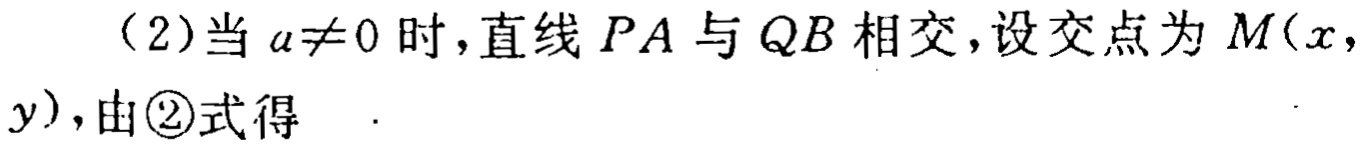
（2）当 \(a\neq0\) 时，直线 \(PA\) 与 \(QB\) 相交，设交点为 \(M(x,y)\)，由\textcircled{2}式得  .